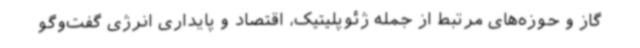
گاز و حوزه‌های مرتبط از جمله ژئوپلیتیک، اقتصاد و پایداری انرژی گفت‌وگو